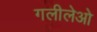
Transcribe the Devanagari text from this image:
गलीलेओ